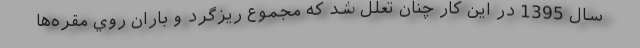
سال 1395 در اين كار چنان تعلل شد كه مجموع ريزگرد و باران روي مقره‌ها